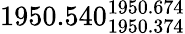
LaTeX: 1950.540_{1950.374}^{1950.674}